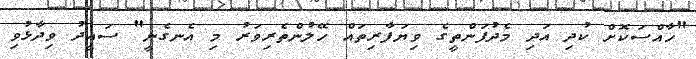
"ހާއްސަކޮށް ކުދި އަދި މެދުފަންތީގެ ވިޔަފާރިތައް ހޭލުންތެރިވަރު މި އެނގެނީ" ސައީދު ވިދާޅުވި